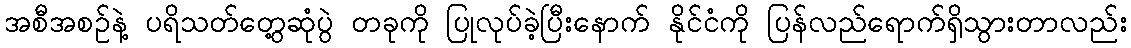
အစီအစဉ်နဲ့ ပရိသတ်တွေ့ဆုံပွဲ တခုကို ပြုလုပ်ခဲ့ပြီးနောက် နိုင်ငံကို ပြန်လည်ရောက်ရှိသွားတာလည်း